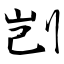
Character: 剀